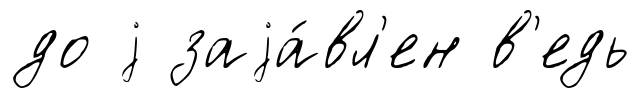
до j заjа́вл'ен в'едь